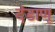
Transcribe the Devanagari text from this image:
दंडाणू